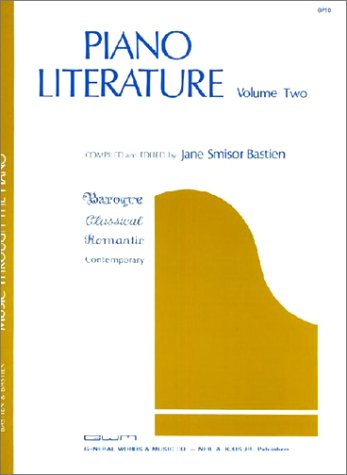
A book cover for GP10 - Bastien Piano Literature Volume 2; Jane Smisor Bastien; Children's Books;